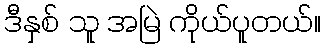
ဒီနှစ် သူ အမြဲ ကိုယ်ပူတယ်။